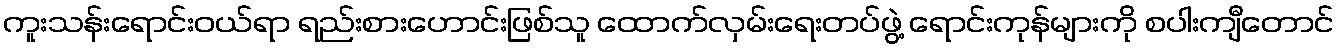
ကူးသန်းရောင်းဝယ်ရာ ရည်းစားဟောင်းဖြစ်သူ ထောက်လှမ်းရေးတပ်ဖွဲ့ ရောင်းကုန်များကို စပါးကျီတောင်